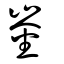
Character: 崟